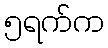
၅ရက်က